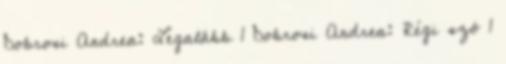
Dobrosi Andrea: Legalább 1 Dobrosi Andrea: Régi szó 1